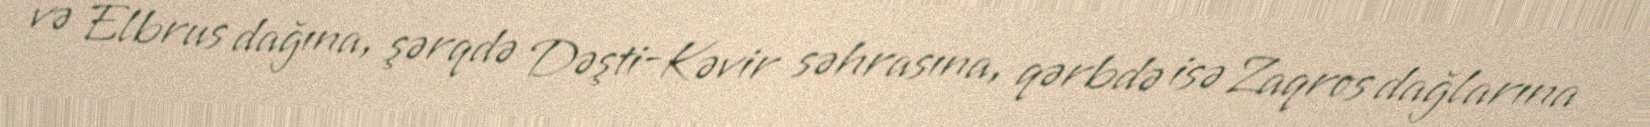
və Elbrus dağına, şərqdə Dəşti-Kəvir səhrasına, qərbdə isə Zaqros dağlarına